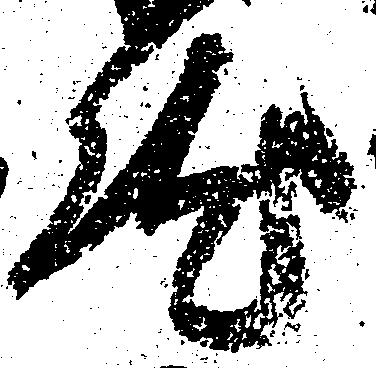
然